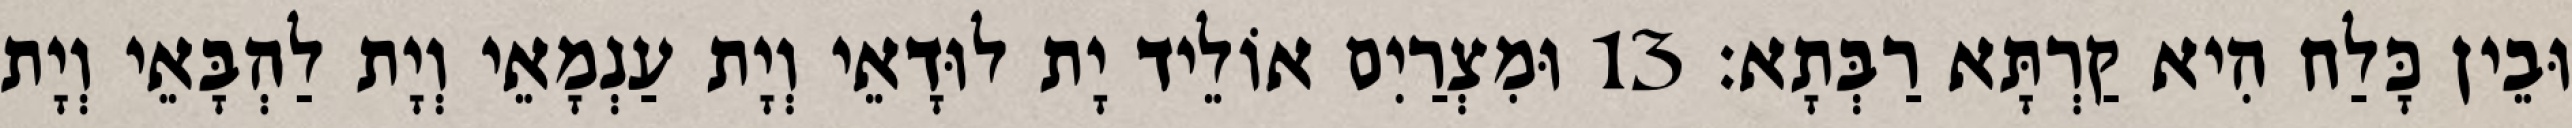
וּבֵין כָּלַח הִיא קַרְתָּא רַבְּתָא׃ 13 וּמִצְרַיִם אוֹלֵיד יָת לוּדָאֵי וְיָת עַנְמָאֵי וְיָת לַהְבָּאֵי וְיָת